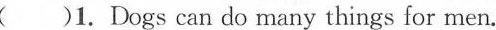
()1. Dogs can do many things for men.